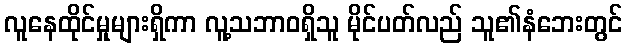
လူနေထိုင်မှုများရှိကာ လူ့သဘာဝရှိသူ မိုင်ပတ်လည် သူ၏နံဘေးတွင်